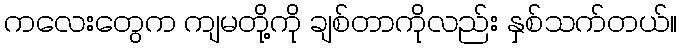
ကလေးတွေက ကျမတို့ကို ချစ်တာကိုလည်း နှစ်သက်တယ်။